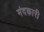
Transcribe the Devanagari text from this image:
मंदकारी